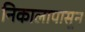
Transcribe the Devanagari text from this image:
निकालापासून